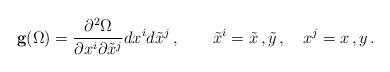
LaTeX: \begin{align*}{\bf g}(\Omega) = {\partial^2\Omega\over\partial x^i \partial {\tilde x^j}} dx^i d{\tilde x}^j\,,\quad\quad{\tilde x}^i = {\tilde x}\,,{\tilde y}\,,\quad x^j = x\,,y\,.\end{align*}